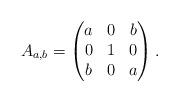
LaTeX: \begin{align*}A_{a,b} = \begin{pmatrix}a & 0 & b \\0 & 1 & 0 \\b & 0 & a\end{pmatrix}.\end{align*}